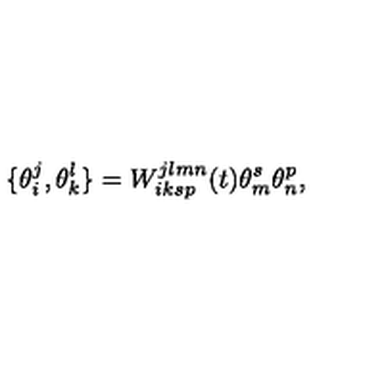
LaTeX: \{ \theta _ { i } ^ { j } , \theta _ { k } ^ { l } \} = W _ { i k s p } ^ { j l m n } ( t ) \theta _ { m } ^ { s } \theta _ { n } ^ { p } ,